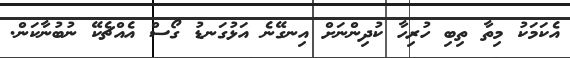
އެކަމަކު މިތާ ތިބި ހުރިހާ ކުދިންނަށް އިނގޭނެ އަޅުގަނޑު ގޯސް އެއްޗެކޭ ނުބުނާކަން.